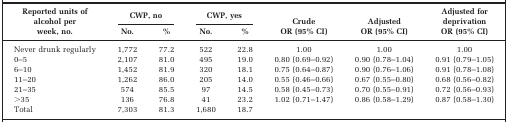
| <ROWSPAN=2> Reported units of alcohol per week, no. | <COLSPAN=2> CWP, no | <COLSPAN=2> CWP, yes | <ROWSPAN=2> Crude OR (95% CI) | <ROWSPAN=2> Adjusted OR (95% CI) | <ROWSPAN=2> Adjusted for deprivation OR (95% CI) |
 | No. | % | No. | % |
 | --- | --- | --- | --- | --- | --- | --- | --- |
 | Never drunk regularly | 1,772 | 77.2 | 522 | 22.8 | 1.00 | 1.00 | 1.00 |
 | 0–5 | 2,107 | 81.0 | 495 | 19.0 | 0.80 (0.69–0.92) | 0.90 (0.78–1.04) | 0.91 (0.79–1.05) |
 | 6–10 | 1,452 | 81.9 | 320 | 18.1 | 0.75 (0.64–0.87) | 0.90 (0.76–1.06) | 0.91 (0.78–1.08) |
 | 11–20 | 1,262 | 86.0 | 205 | 14.0 | 0.55 (0.46–0.66) | 0.67 (0.55–0.80) | 0.68 (0.56–0.82) |
 | 21–35 | 574 | 85.5 | 97 | 14.5 | 0.58 (0.45–0.73) | 0.70 (0.55–0.91) | 0.72 (0.56–0.93) |
 | >35 | 136 | 76.8 | 41 | 23.2 | 1.02 (0.71–1.47) | 0.86 (0.58–1.29) | 0.87 (0.58–1.30) |
 | Total | 7,303 | 81.3 | 1,680 | 18.7 |  |  |  |